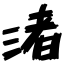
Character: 渚